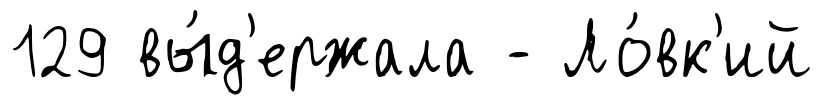
129 вы́д'ержала - Ло́вк'ий